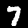
Digit: 7